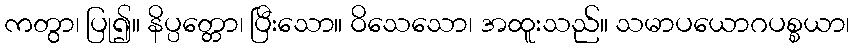
ကတွာ၊ ပြု၍။ နိပ္ပတ္တော၊ ပြီးသော။ ဝိသေသော၊ အထူးသည်။ သမာပယောဂပစ္စယာ၊